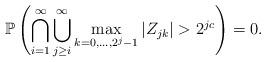
LaTeX: \begin{align*}\mathbb{P}\left( \bigcap_{i=1}^{\infty} \bigcup_{j\geq i}^{\infty} \max_{ k=0,...,2^{j}-1 } |Z_{jk}| > 2^{jc}\right)=0.\end{align*}